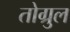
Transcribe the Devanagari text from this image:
तोग्रुल